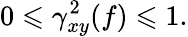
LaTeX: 0\leqslant\gamma_{xy}^{2}(f)\leqslant 1.